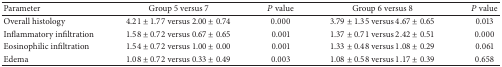
<table><thead><tr><td><b>Parameter</b></td><td><b>Group 5 versus 7</b></td><td><b><i>P</i> value</b></td><td><b>Group 6 versus 8</b></td><td><b><i>P</i> value</b></td></tr></thead><tbody><tr><td>Overall histology</td><td>4.21 ± 1.77 versus 2.00 ± 0.74</td><td>0.000</td><td>3.79 ± 1.35 versus 4.67 ± 0.65</td><td>0.013</td></tr><tr><td>Inflammatory infiltration</td><td>1.58 ± 0.72 versus 0.67 ± 0.65</td><td>0.001</td><td>1.37 ± 0.71 versus 2.42 ± 0.51</td><td>0.000</td></tr><tr><td>Eosinophilic infiltration</td><td>1.54 ± 0.72 versus 1.00 ± 0.00</td><td>0.001</td><td>1.33 ± 0.48 versus 1.08 ± 0.29</td><td>0.061</td></tr><tr><td>Edema</td><td>1.08 ± 0.72 versus 0.33 ± 0.49</td><td>0.003</td><td>1.08 ± 0.58 versus 1.17 ± 0.39</td><td>0.658</td></tr></tbody></table>